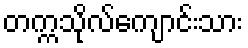
တက္ကသိုလ်ကျောင်းသား